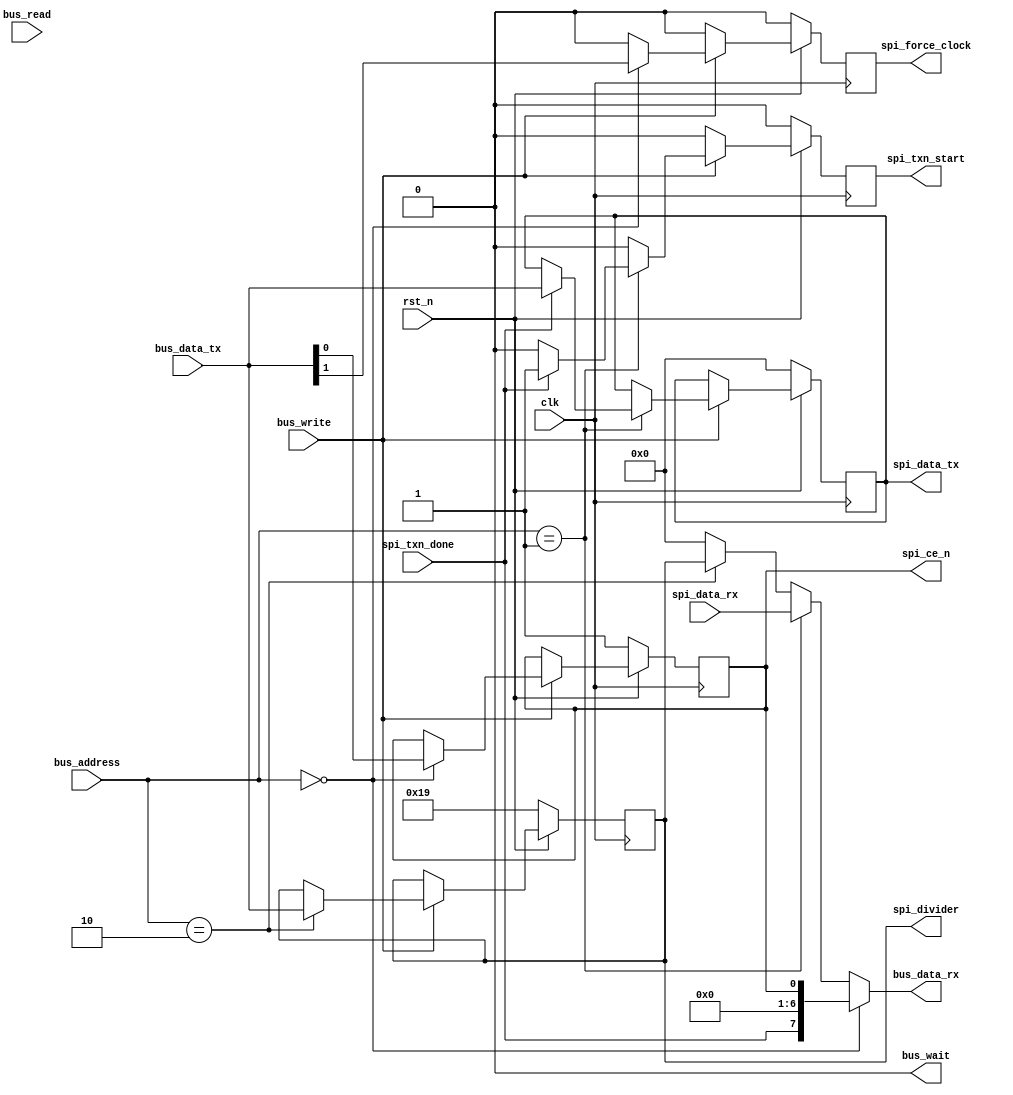
`default_nettype none

`define REGISTER_CONTROL 2'h0
`define REGISTER_DATA 2'h1
`define REGISTER_DIVIDER 2'h2

module spi_wrapper(
	input wire clk,
	input wire rst_n,

	input wire [1:0] bus_address,
	input wire [7:0] bus_data_tx,
	output wire [7:0] bus_data_rx,
	input wire bus_read,
	input wire bus_write,
	output wire bus_wait,

	output reg [7:0] spi_divider,

	output reg [7:0] spi_data_tx,
	input wire [7:0] spi_data_rx,
	output reg spi_txn_start,
	input wire spi_txn_done,
	output reg spi_force_clock,
	output reg spi_ce_n
);

	assign bus_wait = 1'b0;

	wire [7:0] status_register = {
		spi_txn_done,
		1'b0,
		1'b0,
		1'b0,
		1'b0,
		1'b0,
		1'b0,
		spi_ce_n
	};

	// TODO: implement divider
	assign bus_data_rx = (bus_address == `REGISTER_CONTROL) ? status_register :
		(bus_address == `REGISTER_DATA) ? spi_data_rx :
		(bus_address == `REGISTER_DIVIDER) ? spi_divider[7:0] :
		8'h00;

	always @(posedge clk) begin
		if (!rst_n) begin
			spi_divider <= 25;

			spi_data_tx <= 8'h00;
			spi_txn_start <= 1'b0;
			spi_force_clock <= 1'b0;
			spi_ce_n <= 1'b1;
		end else begin
			// these signals are only supposed to exist for one cycle
			if (spi_txn_start) begin
				spi_txn_start <= 1'b0;
			end
			if (spi_force_clock) begin
				spi_force_clock <= 1'b0;
			end

			if (bus_write) begin
				case (bus_address)
					`REGISTER_CONTROL: begin
						spi_ce_n <= bus_data_tx[0];
						spi_force_clock <= bus_data_tx[1];
					end
					`REGISTER_DATA: begin
						if (spi_txn_done) begin
							spi_data_tx <= bus_data_tx;
							spi_txn_start <= 1'b1;
						end
					end
					`REGISTER_DIVIDER: begin
						spi_divider[7:0] <= bus_data_tx;
					end
				endcase
			end
		end
	end

endmodule